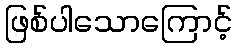
ဖြစ်ပါသောကြောင့်